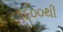
૧૯૦૦થી